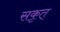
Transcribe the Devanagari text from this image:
सकृत्